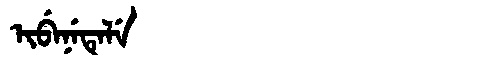
Manchu: ᡳᠪᡝᠨᡝᡨᡝᠯᡝ
Romanization: IBENETELE